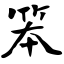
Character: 笨